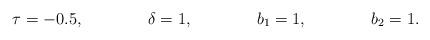
LaTeX: \begin{align*}\tau &= -0.5, & \delta &= 1, & b_1 &= 1, &b_2 &= 1.\end{align*}